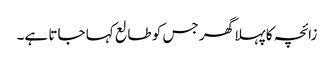
زائچہ کا پہلا گھر جس کو طالع کہا جاتا ہے۔